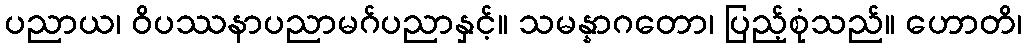
ပညာယ၊ ဝိပဿနာပညာမဂ်ပညာနှင့်။ သမန္နာဂတော၊ ပြည့်စုံသည်။ ဟောတိ၊